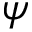
\psi